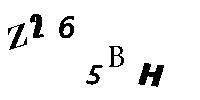
Z265BH